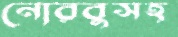
নোরবুসহ